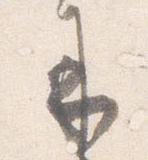
来